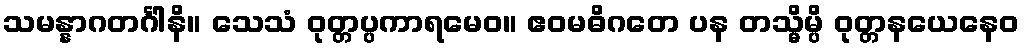
သမန္နာဂတင်္ဂါနိ။ သေသံ ဝုတ္တပ္ပကာရမေဝ။ ဧဝမဓိဂတေ ပန တသ္မိမ္ပိ ဝုတ္တနယေနေဝ